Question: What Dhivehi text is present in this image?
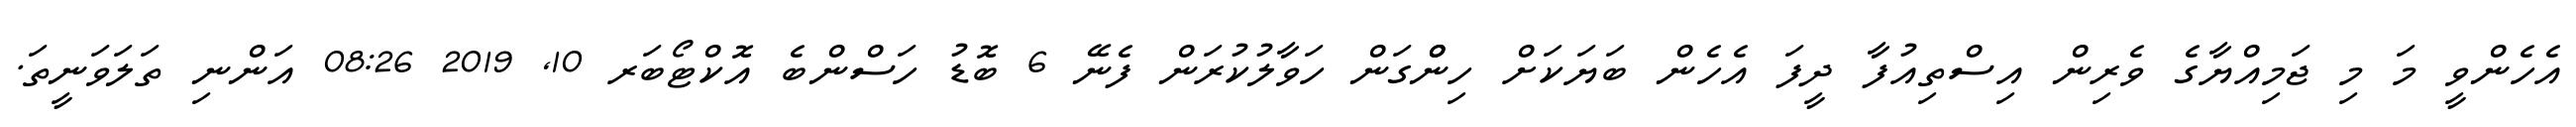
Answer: އެހެންވީ މަ މި ޖަމިއްޔާގެ ވެރިން އިސްތިއުފާ ދީފަ އެހެން ބަޔަކަށް ހިންްގަން ހަވާލުކުރަން ފެނޭ 6 ބޮޑު ހަސްންބެ އޮކްޓޯބަރ 10, 2019 08:26 އަންނި ތަލަވަނީތަ.